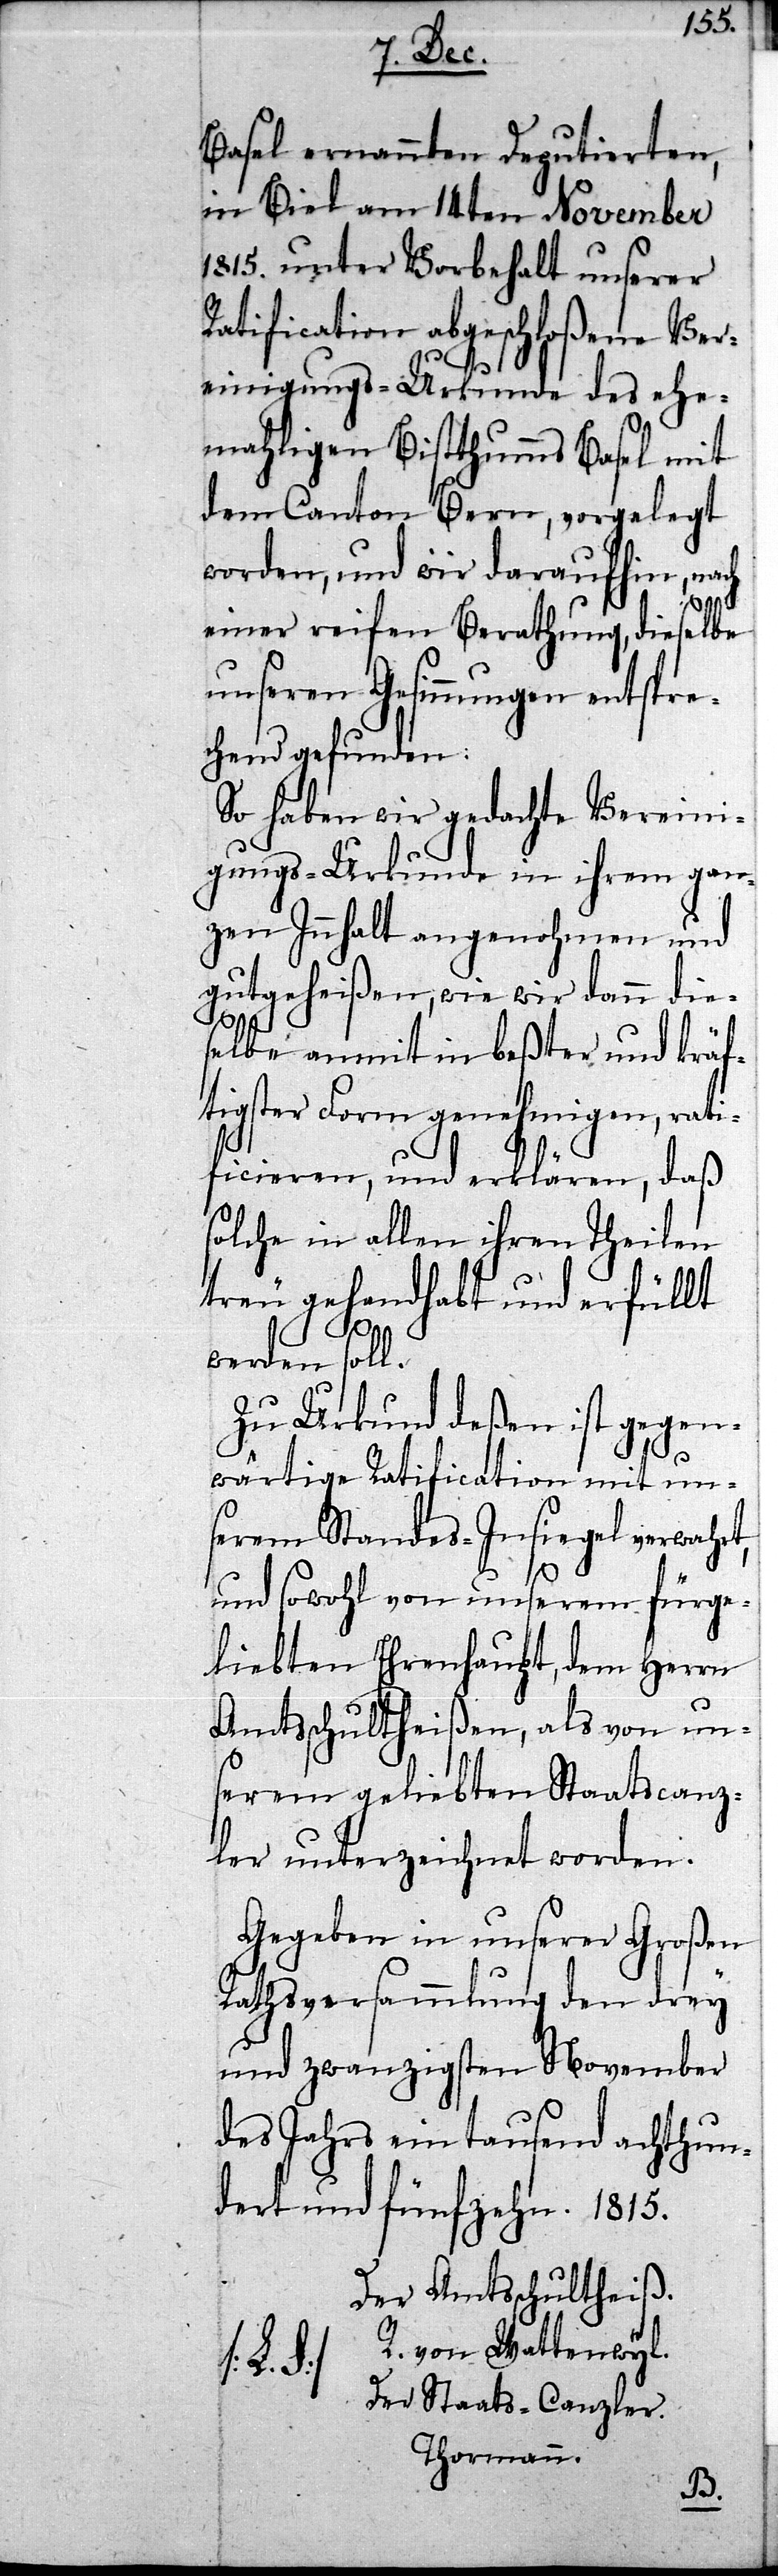
Basel ernannten Deputierten,
in Biel am 14ten November
1815. unter Vorbehalt unserer
Ratification abgeschloßene Ver¬
ch
einigungs-Urkunde des ehe¬
mahligen Bistthumms Basel mit
dem Canton Bern, vorgelegt
worden, und wir daraufhin, na¬
einer reifen Berathung, dieselbe
unseren Gesinnungen entspre¬
chend gefunden.
So haben wir gedachte Vereini¬
gungs-Urkunde in ihrem gan¬
zen Innhalt angenohmen und
gutgeheißen, wie wir dann die¬
selbe anmit in beßter und kräf¬
tigster Form genehmigen, rati¬
ficieren, und erklären, daß
solche in allen ihren Theilen
treu gehandhabt und erfüllt
werden soll.
Zu Urkund deßen ist gegen¬
wärtige Ratification mit uns¬
erem Standes-Insiegel verwahrt,
und sowohl von unserem fürge¬
liebten Ehrenhaupt, dem Herrn
Amtsschultheißen, als von un¬
serem geliebten Staatscanz¬
ler unterzeichnet worden.
Gegeben in unserer Großen
Rathsversammlung den drey
und zwanzigsten November
des Jahrs eintausend achthun¬
dert und fünfzehn. 1815.
Der Amtsschultheiß.
von Wattenwyl.
Der Staats-Canzler.
Thormann.